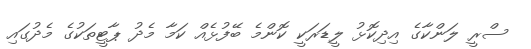
ސްރީ ލަންކާގެ އިދިކޮޅު ލީޑަރަކީ ކޮންމެ ބޭފުޅެއް ކަމާ މެދު ޕާޓީތަކުގެ މެދުގައި